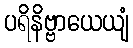
ပရိနိဗ္ဗာယေယျံ